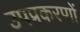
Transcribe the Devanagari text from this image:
उपप्रकरणों